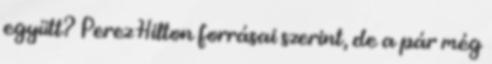
együtt? Perez Hilton forrásai szerint, de a pár még